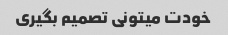
خودت میتونی تصمیم بگیری